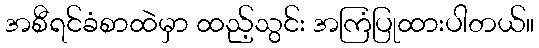
အစီရင်ခံစာထဲမှာ ထည့်သွင်း အကြံပြုထားပါတယ်။